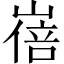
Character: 𡻓